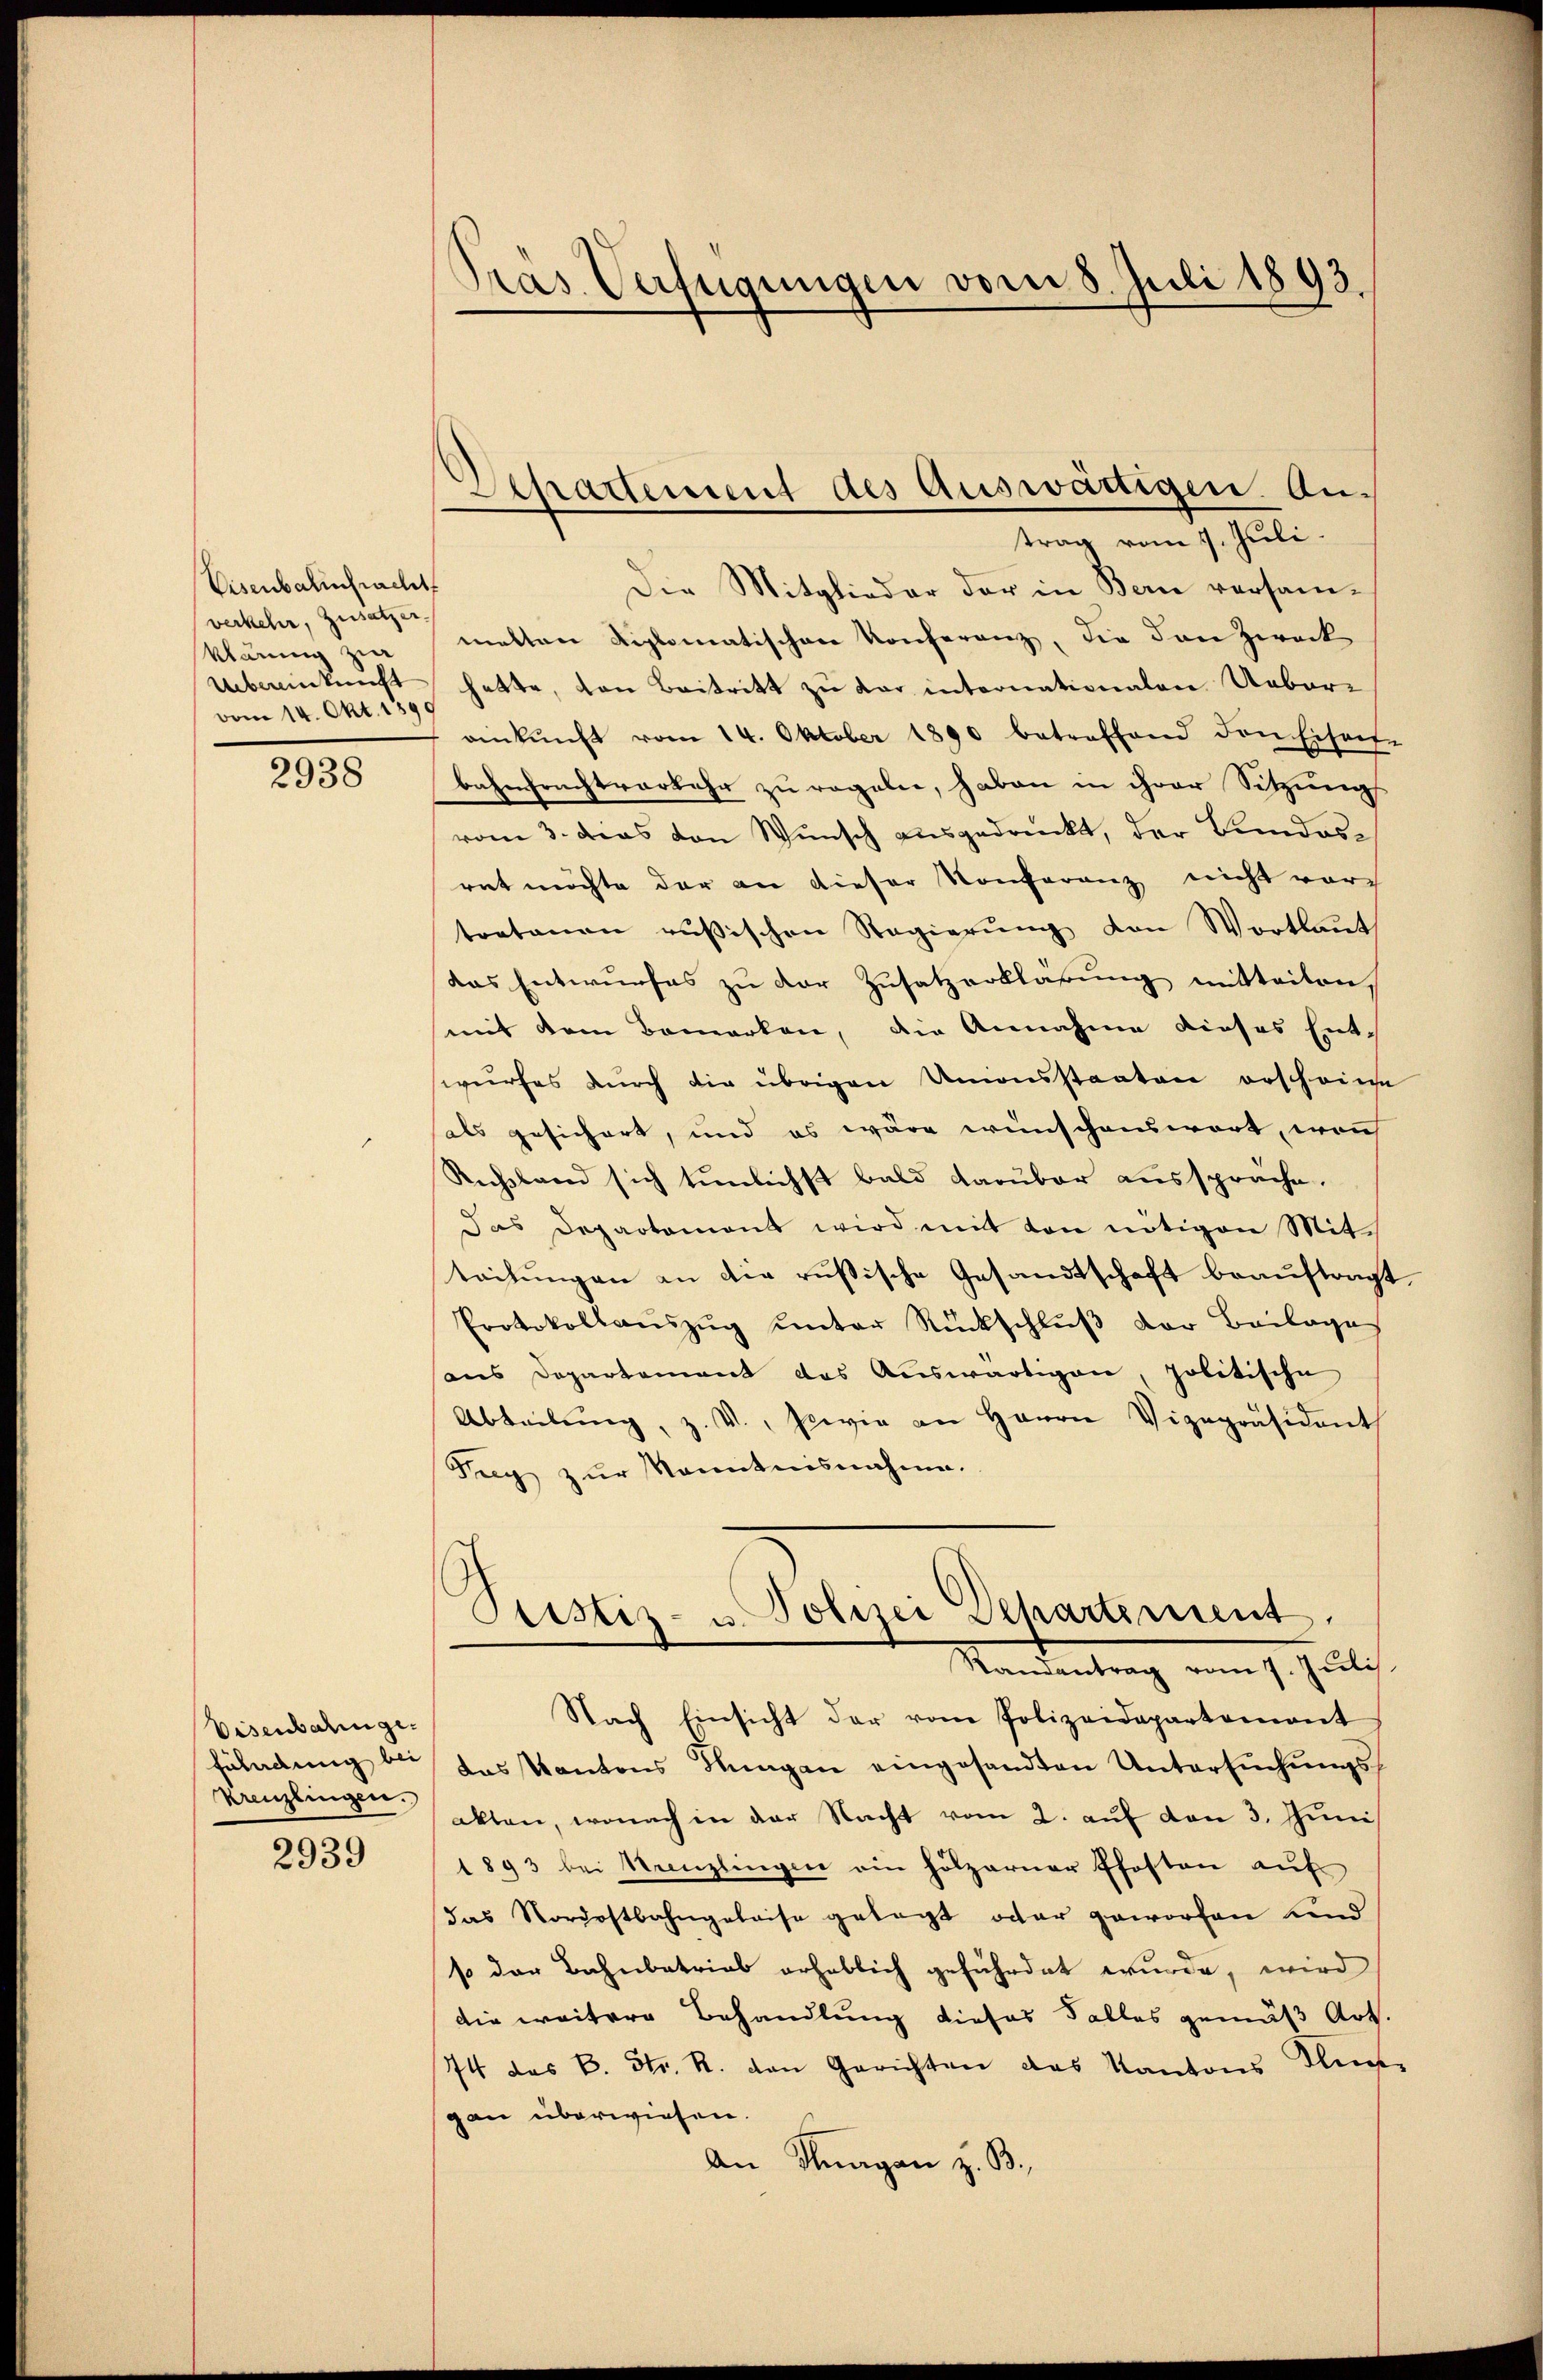
Eisenbahnpracht
verkehr, Zusatzer
klärung zu
Uebereinkunft
vom 14. Okt. 1895

2938

Visenbahnge
fährdung bei
kreuzlingen.

2939

Pras Verfügungen vom 8. Juli 1893.

2)
Schadement des Auswärtigen. Antrag vom 1. Juli.

Die Mitglieder der in Bern versammetten diplomatischen Konferenz, die den Zweck
hatte, von Beitritt zu der internationalen Ueberankŭnft vom 14. Oktober 1890 betreffend den Eisen-
bahnfrachtverkehr zu regeln, haben in ihrer Sitzung
vom 3. Das von Wunsch ausgedruckt, der Bundesrat möchte der an dieser Konferenz nicht vorz
tratonen rusischen Regierŭng von Wortlaut
das Entwurfes zu der Zusatzerklärung mitteilen
mit dem Bemerken, die Annahme dieses Ent-
wurfes durch die übrigen Unionsstaaten erscheine
hals gesichert, und es wäre wünschenswort, wonn
Rechsland sich tunlichst bald darüber aussprache.
Das Departemont wird mit von nötigen Mit-
teitungen an die russische Gesandtschaft beauftragt.
Protokollanszŭg ŭnter Rückschlŭβ der Beilage
aus Departement das Auswärtigen, politische
Abteilŭng, z. V., wie an Herrn Vizepräsident
Seg zur Kenntnisnahme.
Peistiz- & Polizei Departement.
Standentrag vom 9. Juli
Nach Einsicht der vom Polizeidepartement
das Kantons Hungen eingesandten Untersŭchŭngsakten, wonach in der Nacht vom 2. auf den 3. Juni
1893 bei Kanzlingen ein hölzerner Pfosten auf
das Nordostbahngeleise gesagt oder geworfen und
so der Bahnbetrieb erheblich geführdet wurde, wird
die weitere Behandlung dieses Falles gemäß Art.
74 des B. Str. R. von Gerichten des Kantons Zuge
gan überwiesen.
An Knagan z. B.